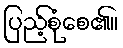
ပြည့်စုံစေ၏။